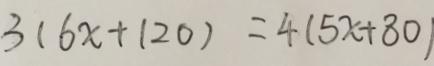
3 ( 6 x + 1 2 0 ) = 4 ( 5 x + 8 0 )